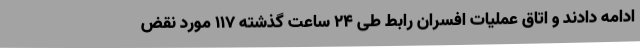
ادامه دادند و اتاق عملیات افسران رابط طی 24 ساعت گذشته 117 مورد نقض